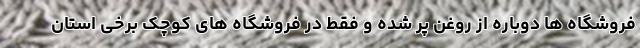
فروشگاه ها دوباره از روغن پر شده و فقط در فروشگاه های کوچک برخی استان